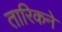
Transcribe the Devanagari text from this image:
तारिकने